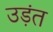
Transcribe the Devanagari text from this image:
उड़ंत